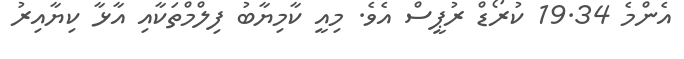
އެންމެ 19.34 ކުރޯޑް ރުޕީސް އެވެ. މިއީ ކާމިޔާބު ފިލްމްތަކާއި އާޅާ ކިޔާއިރު